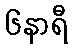
၆နာရီ